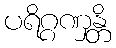
ပရိဂ္ဂဏှန္တိ